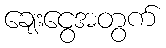
ချေးငွေအတွက်